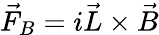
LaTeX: \vec{F}_{B}=i\vec{L}\times\vec{B}